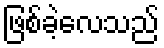
ဖြစ်ခဲ့လေသည်